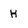
Character: H